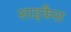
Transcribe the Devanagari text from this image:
साइकैस